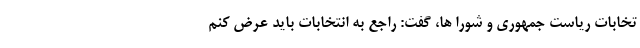
تخابات ریاست جمهوری و شورا ها، گفت: راجع به انتخابات باید عرض کنم